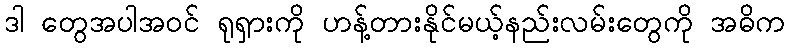
ဒါ တွေအပါအဝင် ရုရှားကို ဟန့်တားနိုင်မယ့်နည်းလမ်းတွေကို အဓိက